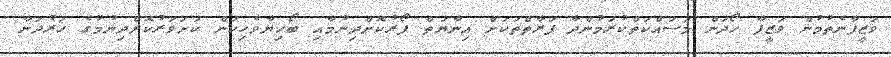
ވަޒީފާނެތުމުން ވަޒީފާ ހޯދަން މަސައްކަތްކުރަމުންދާ ފަރާތްތަކަށް އިނާޔަތް ފޯރުކޮށްދިނުމާއި ބޯހިޔާވެހިކަން ކަށަވަރުކޮށްދިނުމުގެ ހަރުދަނާ